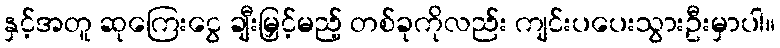
နှင့်အတူ ဆုကြေးငွေ ချီးမြှင့်မည့် တစ်ခုကိုလည်း ကျင်းပပေးသွားဦးမှာပါ။